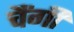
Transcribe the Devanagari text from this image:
चैंगी